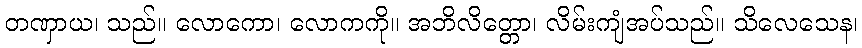
တဏှာယ၊ သည်။ လောကော၊ လောကကို။ အဘိလိတ္တော၊ လိမ်းကျံအပ်သည်။ သိလေသေန၊